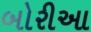
બોરીઆ